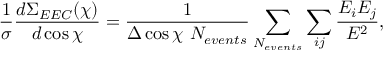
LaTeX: \frac { 1 } { \sigma } \frac { d \Sigma _ { E E C } ( \chi ) } { d \cos \chi } = \frac { 1 } { \Delta \cos \chi ~ N _ { e v e n t s } } \sum _ { N _ { e v e n t s } } \sum _ { i j } \frac { E _ { i } E _ { j } } { E ^ { 2 } } ,